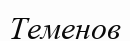
Теменов